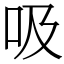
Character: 吸